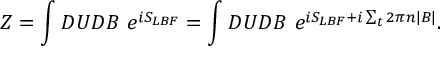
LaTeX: Z = \int { \cal D } U { \cal D } B ~ e ^ { i S _ { L B F } } = \int { \cal D } U { \cal D } B ~ e ^ { i S _ { L B F } + i \sum _ { t } 2 \pi n | B | } .